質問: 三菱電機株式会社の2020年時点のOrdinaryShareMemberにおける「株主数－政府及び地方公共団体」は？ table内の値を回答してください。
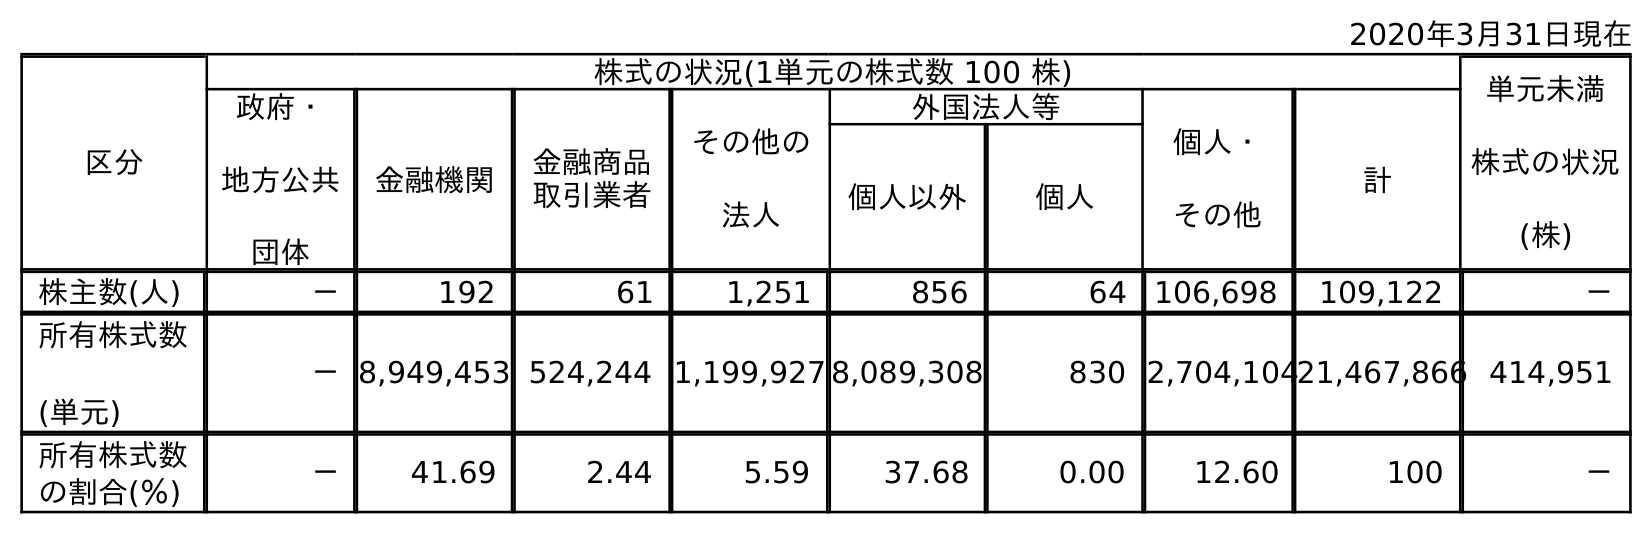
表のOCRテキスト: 2020年3月31日現在 区分 株式の状況(1単元の株式数 100 株) 単元未満 株式の状況 (株) 政府・ 地方公共 団体 金融機関 金融商品 取引業者 その他の 法人 外国法人等 個人・ その他 計 個人以外 個人 株主数(人) － 192 61 1,251 856 64 106,698 109,122 － 所有株式数 (単元) －8,949,453 524,244 1,199,927 8,089,308 830 2,704,10421,467,866 414,951 所有株式数 の割合(％) － 41.69 2.44 5.59 37.68 0.00 12.60 100 －
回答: －